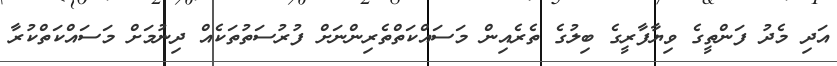
އަދި މެދު ފަންތީގެ ވިޔާފާރީގެ ބިލުގެ ތެރެއިން މަސައްކަތްތެރިންނަށް ފުރުސަތުތަކެއް ދިނުމަށް މަސައްކަތްކުރާ